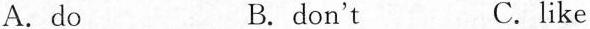
A.do B.don't C.like